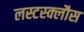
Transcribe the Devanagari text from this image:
लस्टस्क्लौस